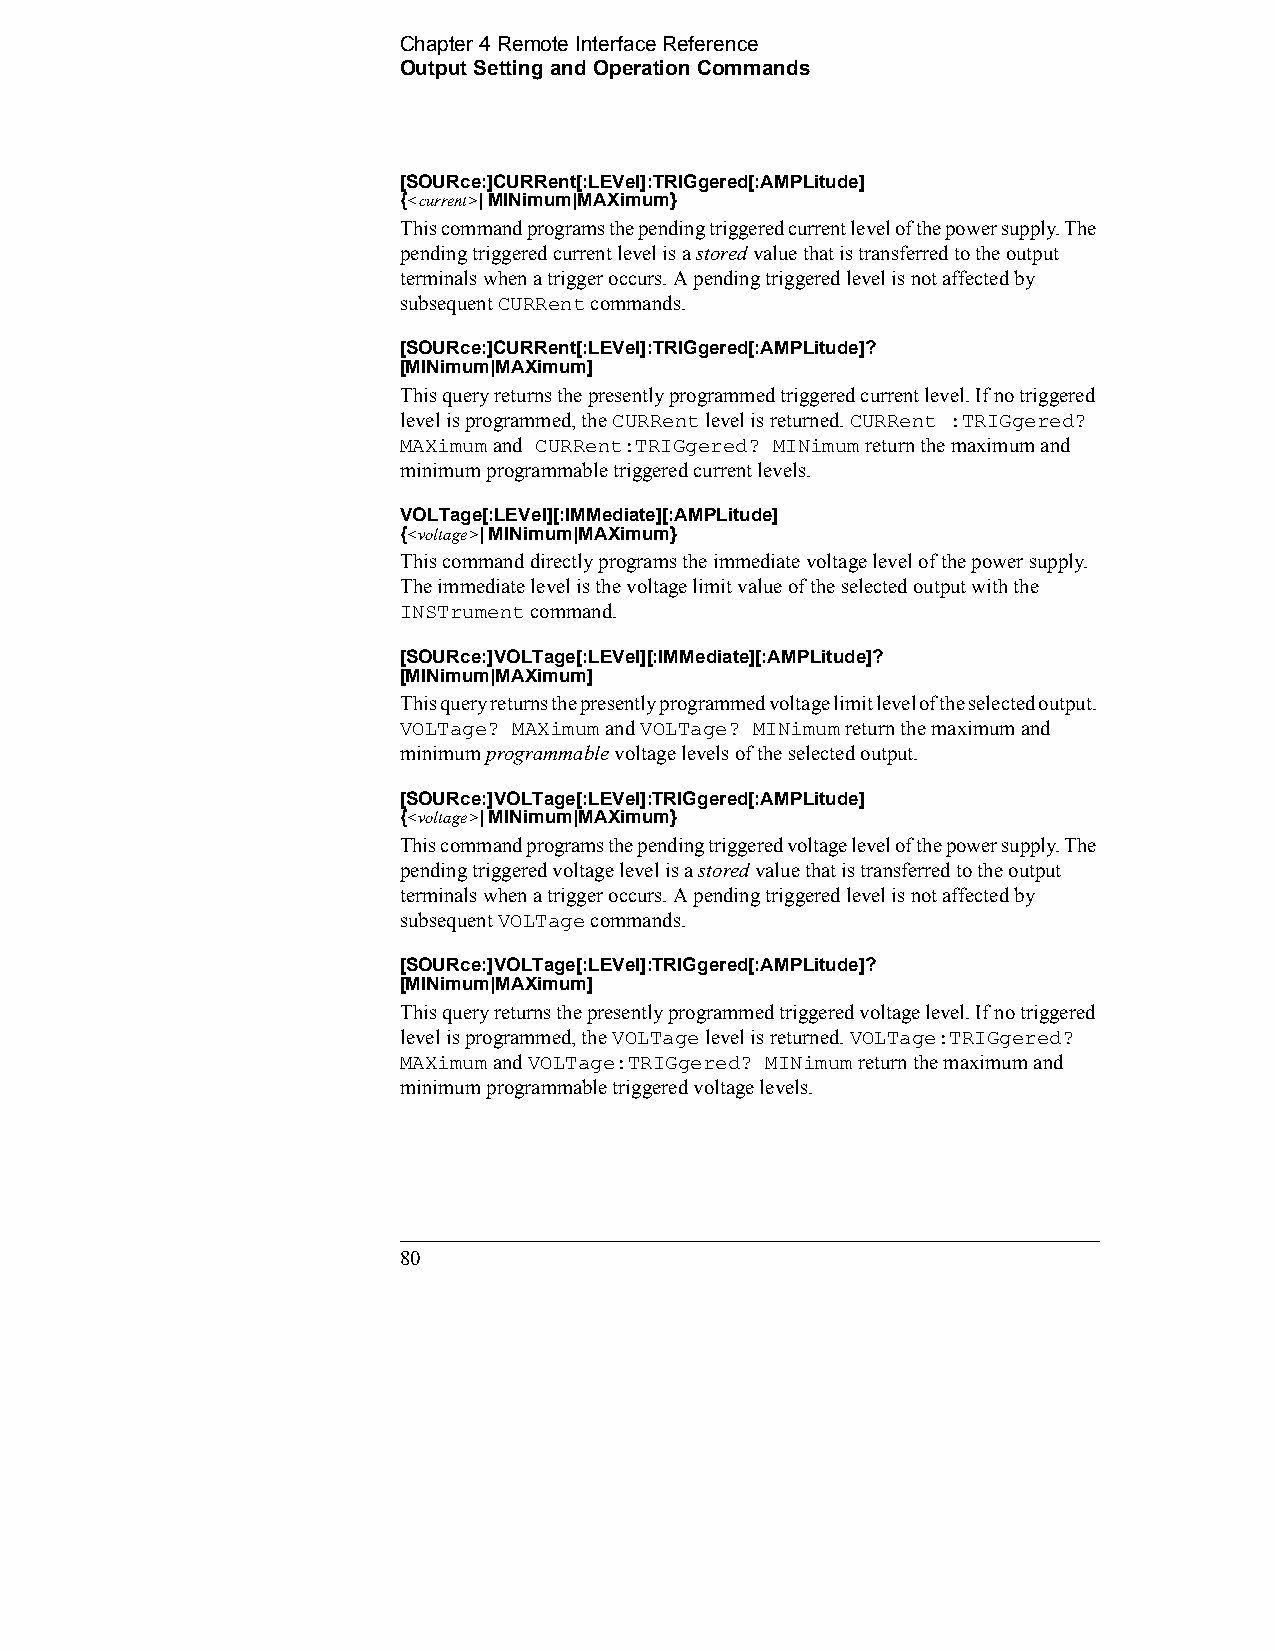
Chapter 4 Remote Interface Reference    
 Output Setting and Operation Commands
 [SOURce:]CURRent[:LEVel]:TRIGgered[:AMPLitude] 
 {<current>| MINimum|MAXimum}
 This command programs the pending triggered current level of the power supply. The
 pending triggered current level is a stored value that is transferred to the output
 terminals when a trigger occurs. A pending triggered level is not affected by
 subsequent CURRent commands.
 [SOURce:]CURRent[:LEVel]:TRIGgered[:AMPLitude]?
 [MINimum|MAXimum]
 This query returns the presently programmed triggered current level. If no triggered
 level is programmed, the CURRent level is returned. CURRent :TRIGgered?
 MAXimum and CURRent:TRIGgered? MINimum return the maximum and
 minimum programmable triggered current levels.
 VOLTage[:LEVel][:IMMediate][:AMPLitude] 
 {<voltage>| MINimum|MAXimum}
 This command directly programs the immediate voltage level of the power supply.
 The immediate level is the voltage limit value of the selected output with the
 INSTrument command.
 [SOURce:]VOLTage[:LEVel][:IMMediate][:AMPLitude]?
 [MINimum|MAXimum]
 This query returns the presently programmed voltage limit level of the selected output.
 VOLTage? MAXimum and VOLTage? MINimum return the maximum and
 minimum programmable voltage levels of the selected output.
 [SOURce:]VOLTage[:LEVel]:TRIGgered[:AMPLitude]
 {<voltage>| MINimum|MAXimum}
 This command programs the pending triggered voltage level of the power supply. The
 pending triggered voltage level is a stored value that is transferred to the output
 terminals when a trigger occurs. A pending triggered level is not affected by
 subsequent VOLTage commands.
 [SOURce:]VOLTage[:LEVel]:TRIGgered[:AMPLitude]?
 [MINimum|MAXimum]
 This query returns the presently programmed triggered voltage level. If no triggered
 level is programmed, the VOLTage level is returned. VOLTage:TRIGgered?
 MAXimum and VOLTage:TRIGgered? MINimum return the maximum and
 minimum programmable triggered voltage levels.
 80                                             